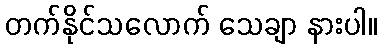
တက်နိုင်သလောက် သေချာ နားပါ။